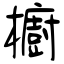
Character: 櫥